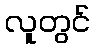
လူတွင်